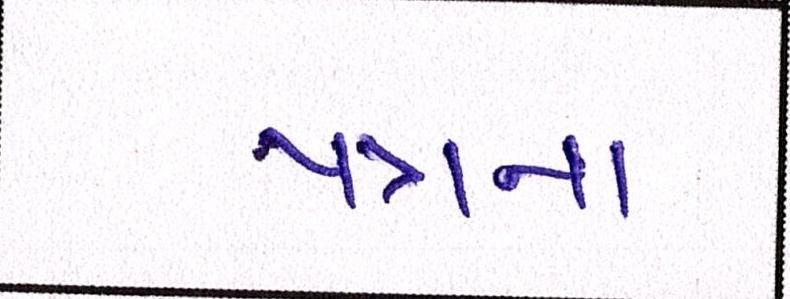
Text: પત્રના